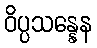
ဝိပ္ပသန္နေန